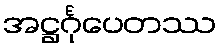
အဋ္ဌင်္ဂုပေတဿ